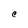
Character: C